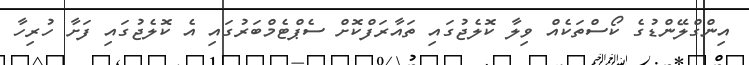
އިންގްލޭންޑުގެ ކޯސްތަކެއް ވިލާ ކޮލެޖުގައި ތައާރަފްކޮށް ސެޕްޓެމްބަރުގައި އެ ކޮލެޖުގައި ފަށާ ހުރިހާ